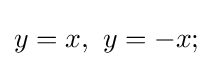
y=x,\ y=-x;